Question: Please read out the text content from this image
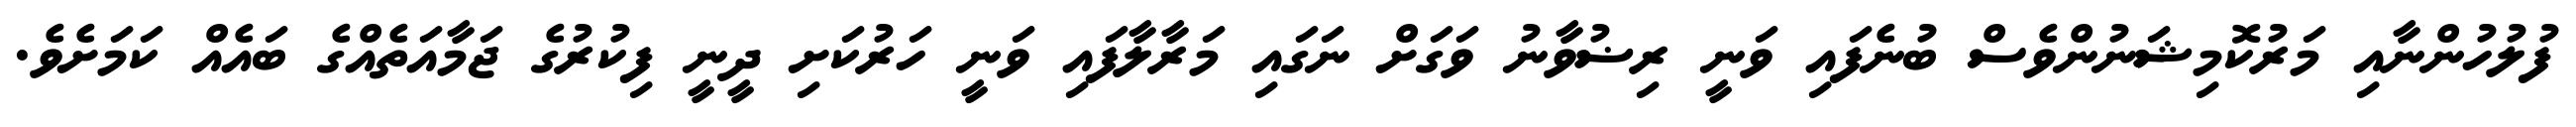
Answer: ފުލުހުންނާއި މަރުކޮމިޝަނުންވެސް ބުނެފައި ވަނީ ރިޟުވާނު ވަގަށް ނަގައި މަރާލާފައި ވަނީ ހަރުކަށި ދީނީ ފިކުރުގެ ޖަމާއަތެއްގެ ބައެއް ކަމަށެވެ.